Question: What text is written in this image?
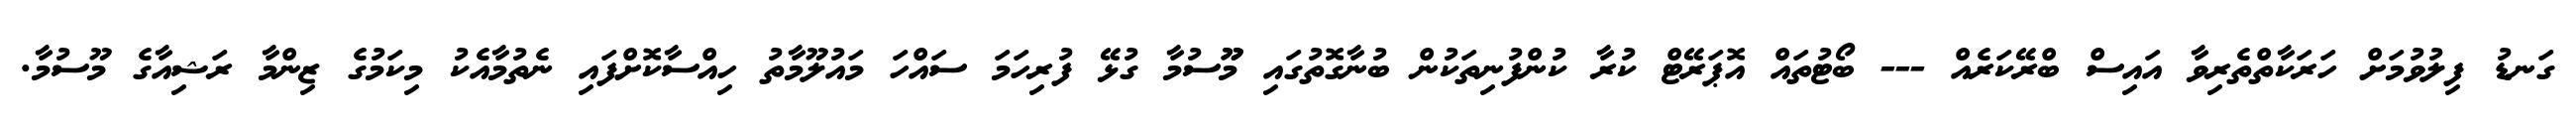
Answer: ގަނޑު ފިލުވުމަށް ހަރަކާތްތެރިވާ އައިސް ބްރޭކަރެއް --- ބޯޓުތައް އޮޕަރޭޓް ކުރާ ކުންފުނިތަކުން ބުނާގޮތުގައި މޫޫސުމާ ގުޅޭ ފުރިހަމަ ސައްހަ މައުލޫމާތު ހިއްސާކޮށްފައި ނެތުމާއެކު މިކަމުގެ ޒިންމާ ރަޝިއާގެ މޫސުމާ.